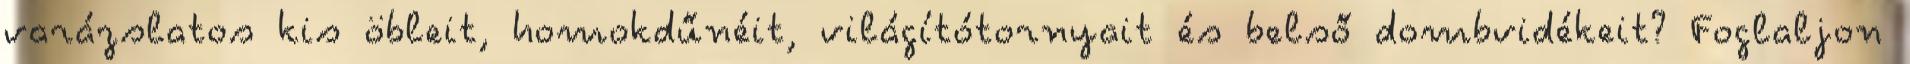
varázslatos kis öbleit, homokdűnéit, világítótornyait és belső dombvidékeit? Foglaljon